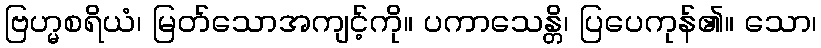
ဗြဟ္မစရိယံ၊ မြတ်သောအကျင့်ကို။ ပကာသေန္တိ၊ ပြပေကုန်၏။ သော၊